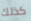
كذلك